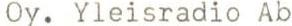
Oy. Yleisradio Ab